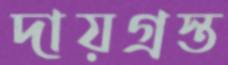
দায়গ্রস্ত